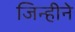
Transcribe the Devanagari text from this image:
जिन्हीने